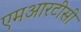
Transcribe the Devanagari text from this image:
एमआरटीसी